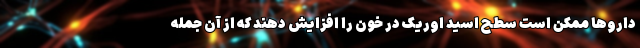
داروها ممکن است سطح اسید اوریک در خون را افزایش دهند که از آن جمله